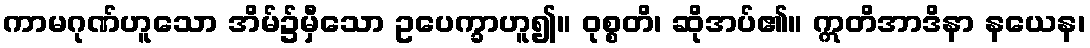
ကာမဂုဏ်ဟူသော အိမ်၌မှီသော ဥပေက္ခာဟူ၍။ ဝုစ္စတိ၊ ဆိုအပ်၏။ ဣတိအာဒိနာ နယေန၊